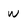
Character: w